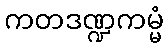
ကတဒဏ္ဍကမ္မံ